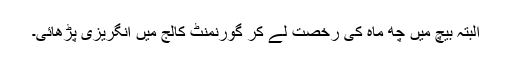
البتہ بیچ میں چھ ماہ کی رخصت لے کر گورنمنٹ کالج میں انگریزی پڑھائی۔